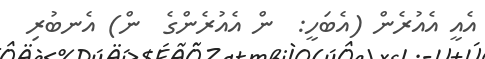
އެއީ އެއުރެން (އެބަހީ:  ން އެއުރެންގެ  ން) އެނބުރި